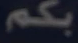
بكم